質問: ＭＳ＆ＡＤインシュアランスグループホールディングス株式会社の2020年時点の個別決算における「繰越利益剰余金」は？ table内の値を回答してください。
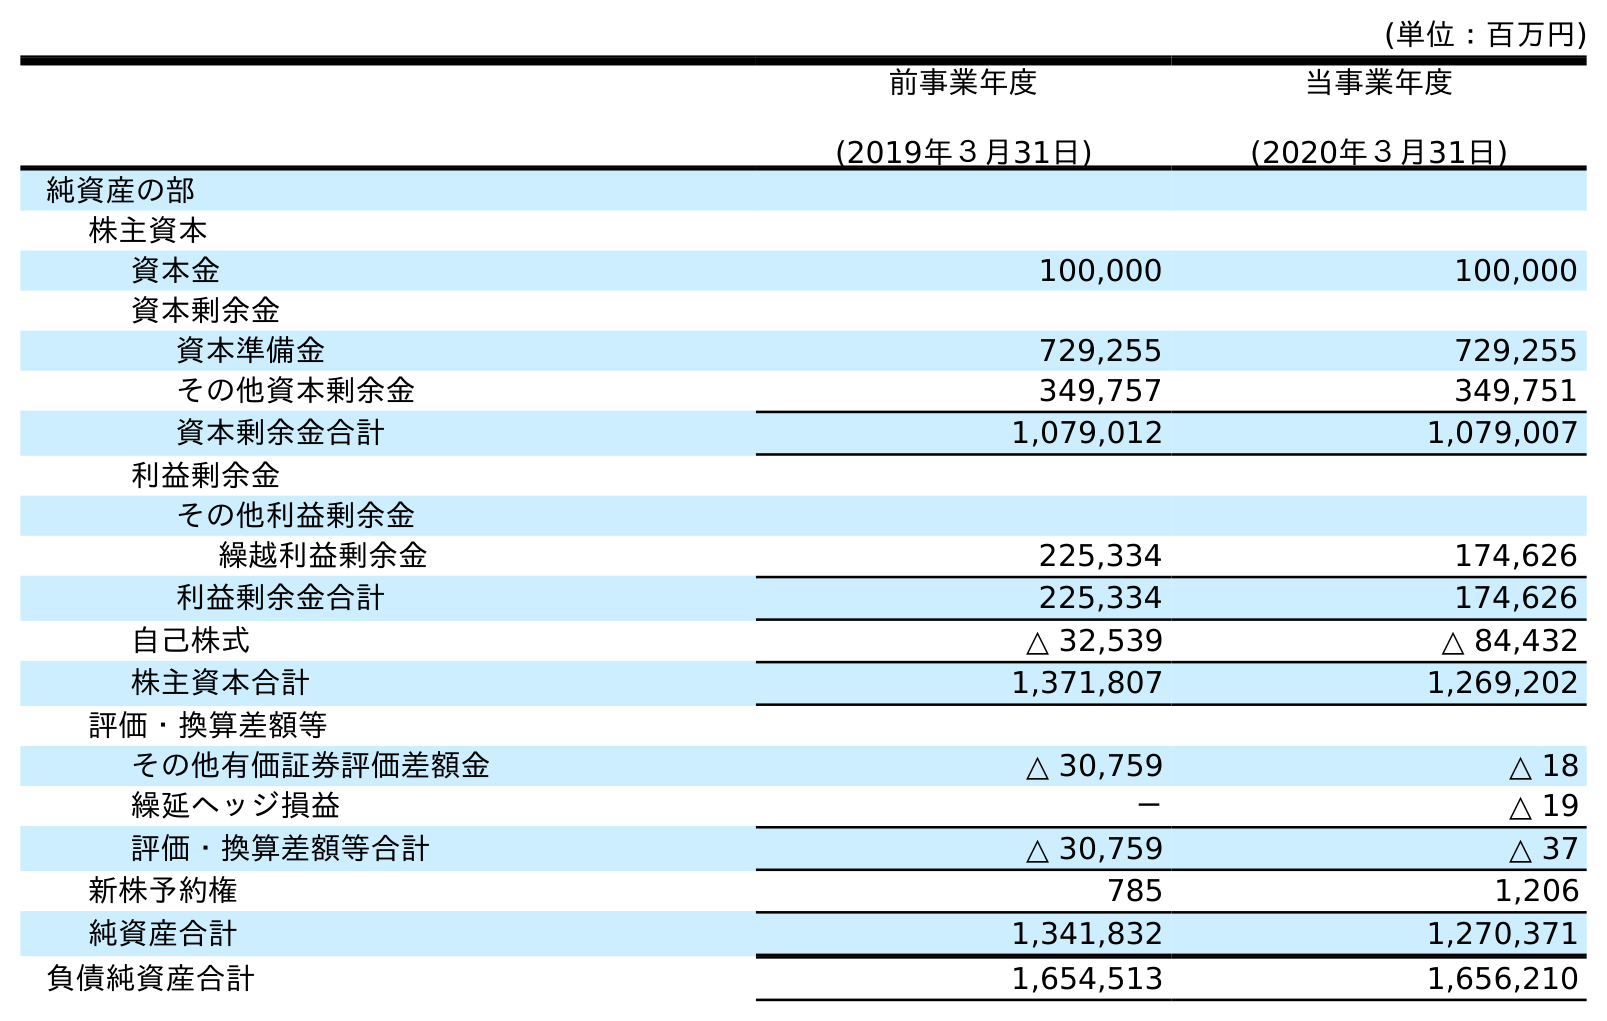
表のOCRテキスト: (単位：百万円) 前事業年度 (2019年３月31日) 当事業年度 (2020年３月31日) 純資産の部 株主資本 資本金 100,000 100,000 資本剰余金 資本準備金 729,255 729,255 その他資本剰余金 349,757 349,751 資本剰余金合計 1,079,012 1,079,007 利益剰余金 その他利益剰余金 繰越利益剰余金 225,334 174,626 利益剰余金合計 225,334 174,626 自己株式 △ 32,539 △ 84,432 株主資本合計 1,371,807 1,269,202 評価・換算差額等 その他有価証券評価差額金 △ 30,759 △ 18 繰延ヘッジ損益 － △ 19 評価・換算差額等合計 △ 30,759 △ 37 新株予約権 785 1,206 純資産合計 1,341,832 1,270,371 負債純資産合計 1,654,513 1,656,210
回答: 174,626